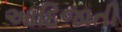
આદિજાતી